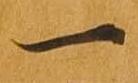
一